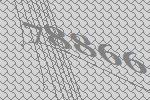
78866